Indian journal of veterinary science and animal husbandry - Volumes 22-23, 1952-1953
Year: 1952
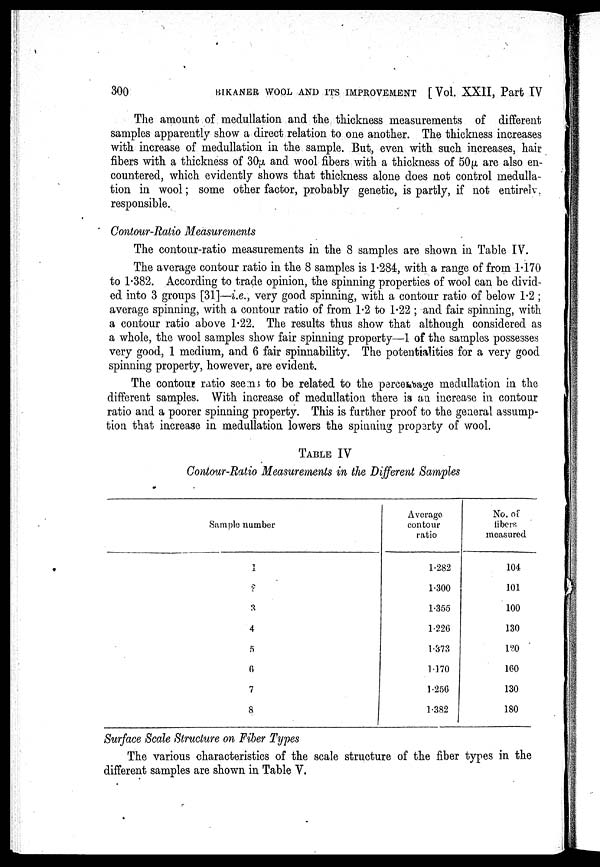
300
BIKANER WOOL AND ITS IMPROVEMENT [Vol. XXII, Part IV
The amount of medullation and the thickness measurements of different
samples apparently show a direct relation to one another. The thickness increases
with increase of medullation in the sample. But, even with such increases, hair
fibers with a thickness of 30µ and wool fibers with a thickness of 50µ are also en-
countered, which evidently shows that thickness alone does not control medulla-
tion in wool; some other factor, probably genetic, is partly, if not entirely.
responsible.
Contour-Ratio Measurements
The contour-ratio measurements in the 8 samples are shown in Table IV.
The average contour ratio in the 8 samples is 1.284, with a range of from 1.170
to 1.382. According to trade opinion, the spinning properties of wool can be divid-
ed into 3 groups [31]—i.e., very good spinning, with a contour ratio of below 1.2;
average spinning, with a contour ratio of from 1.2 to 1.22; and fair spinning, with
a contour ratio above 1.22. The results thus show that although considered as
a whole, the wool samples show fair spinning proporty—1 of the samples possesses
very good, 1 medium, and 6 fair spinnability. The potentialities for a very good
spinning property, however, are evident.
The contour ratio seems to be related to the percentage medullation in the
different samples. With increase of medullation there is an increase in contour
ratio and a poorer spinning property. This is further proof to the general assump-
tion that increase in medullation lowers the spinning property of wool.
TABLE IV
Contour-Ratio Measurements in the Different Samples
Sample number
1
2
3
4
5
0
7
8
Average
contour
ratio
1.282
1.300
1.355
1.226
1.373
1.170
1.256
1.382
No. of
fibers
measured
104
101
100
130
100
160
130
180
Surface Scale Structure on Fiber Types
The various characteristics of the scale structure of the fiber types in the
different samples are shown in Table V.